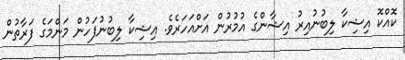
ކޮއްކޮ އިޝިކާ ލިބުނުއިރު އިޝާންގެ އުމުރުން އަށްއަހަރެވެ. އިޝިކާ ލިބުނުފަހުން މަންމަގެ ފަރާތުން